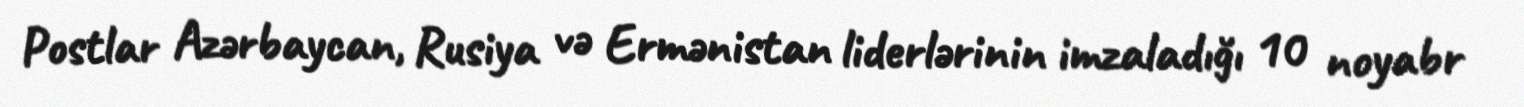
Postlar Azərbaycan, Rusiya və Ermənistan liderlərinin imzaladığı 10 noyabr